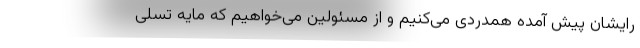
رایشان پیش آمده همدردی می‌کنیم و از مسئولین می‌خواهیم که مایه تسلی